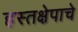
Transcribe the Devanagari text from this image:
हस्तक्षेपाचे